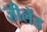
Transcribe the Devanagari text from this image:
ज़ीलेंड